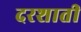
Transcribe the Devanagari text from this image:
दरशाती